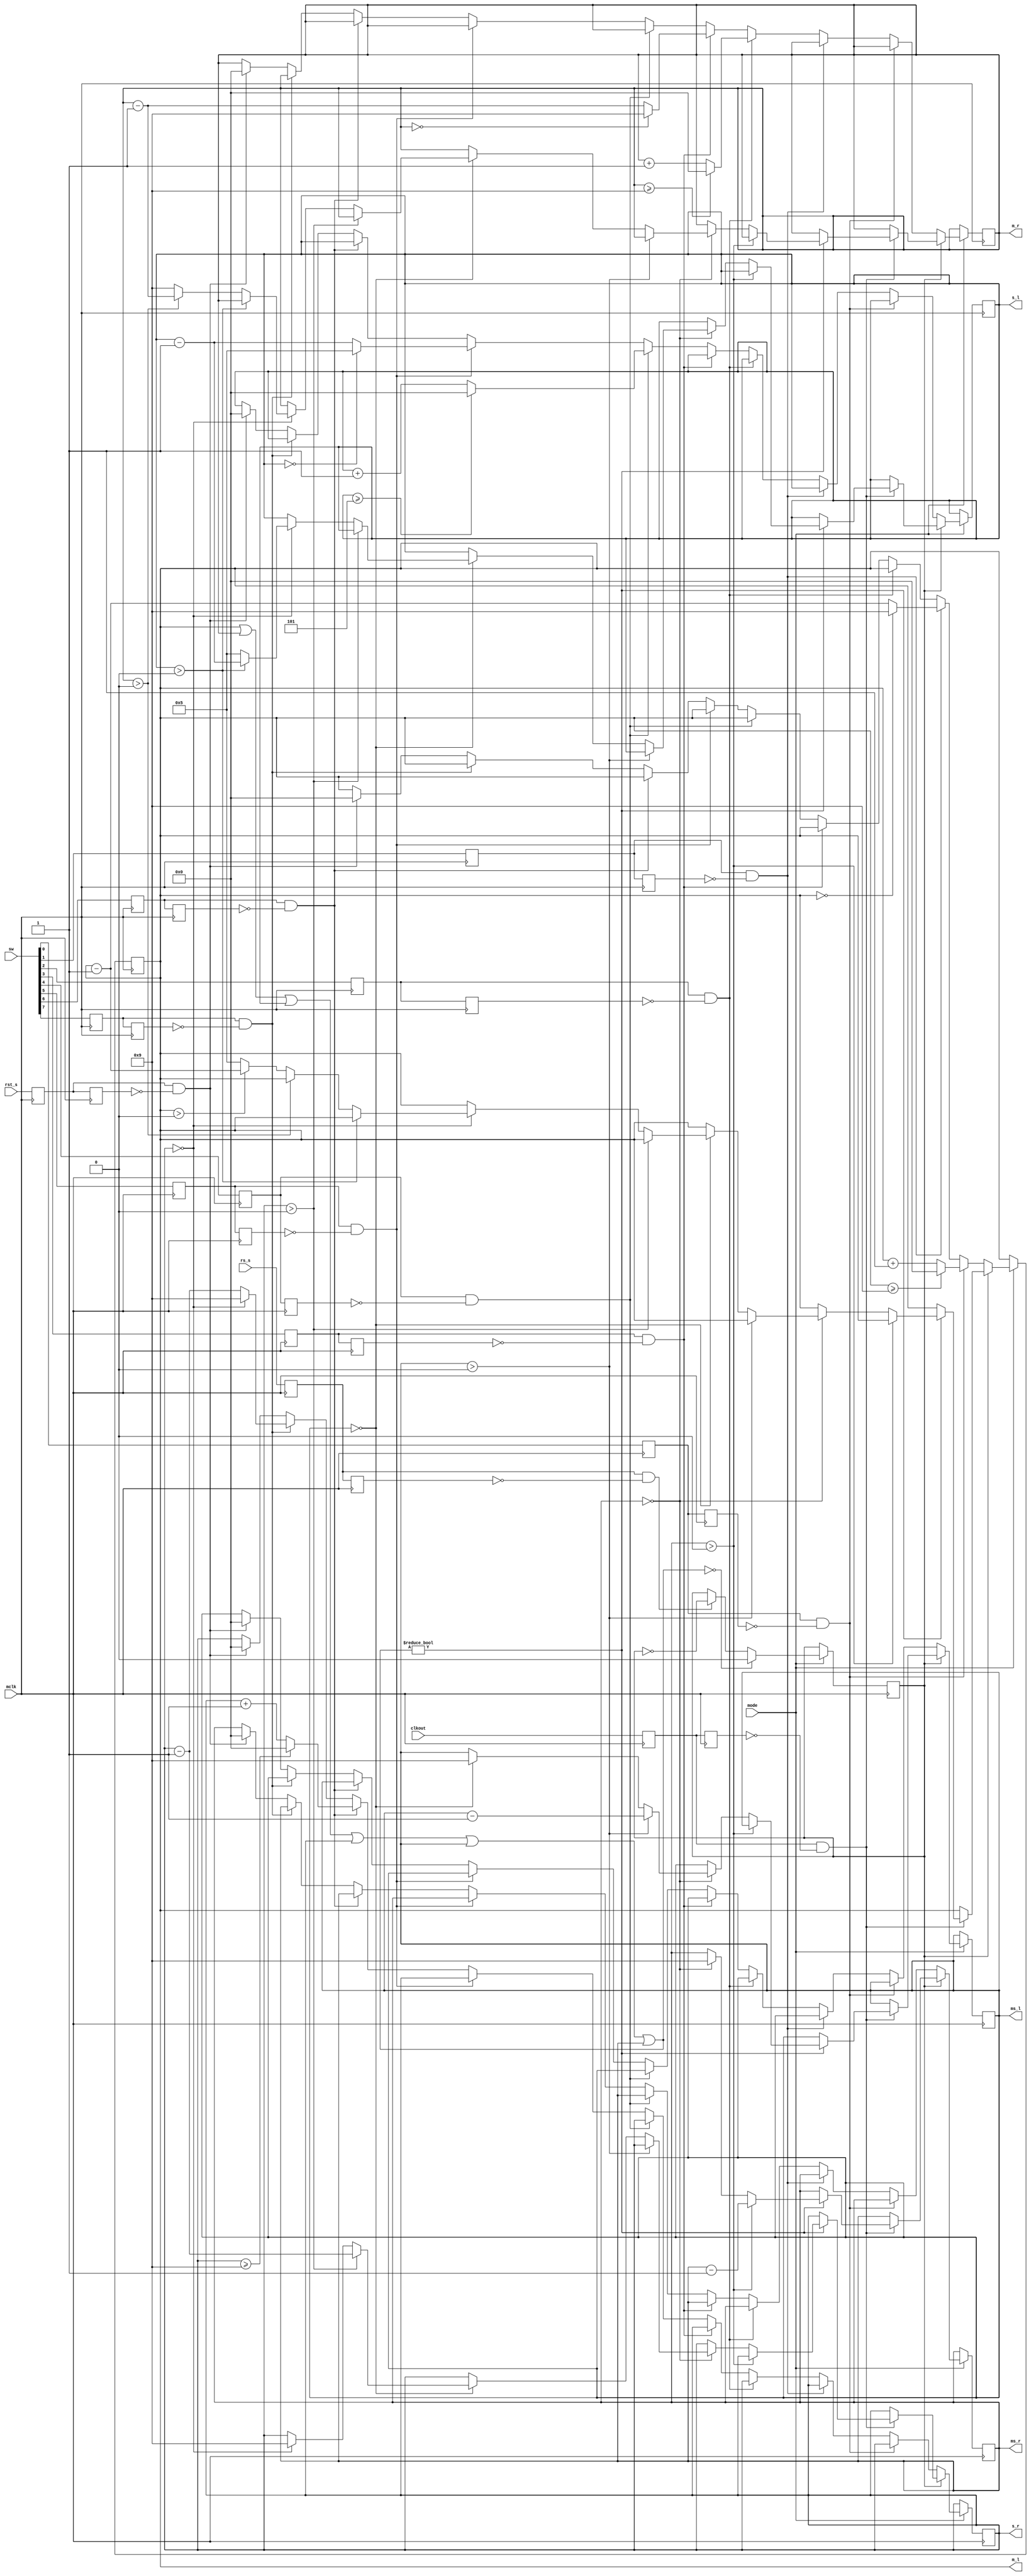
module d_count(
  input mclk,
  input clkout,
  input mode,
  input rs_s,
  input rst_s,
  input [7:0] sw,
  output reg [3:0] m_l = 4'b0000,
  output reg [3:0] m_r = 4'b0000,
  output reg [3:0] s_l = 4'b0000,
  output reg [3:0] s_r = 4'b0000,
  output reg [3:0] ms_l = 4'b0000,
  output reg [3:0] ms_r = 4'b0000
);



reg sw0_z = 1'b0;
reg sw0_zz = 1'b0;
reg sw1_z = 1'b0;
reg sw1_zz = 1'b0;
reg sw2_z = 1'b0;
reg sw2_zz = 1'b0;
reg sw3_z = 1'b0;
reg sw3_zz = 1'b0;
reg sw4_z = 1'b0;
reg sw4_zz = 1'b0;
reg sw5_z = 1'b0;
reg sw5_zz = 1'b0;
reg sw6_z = 1'b0;
reg sw6_zz = 1'b0;
reg sw7_z = 1'b0;
reg sw7_zz = 1'b0;
reg rss_z = 1'b0;
reg rss_zz = 1'b0;
reg rst_z = 1'b0;
reg rst_zz = 1'b0;
reg clkout_z = 1'b0;
reg clkout_zz = 1'b0;
reg rs = 1'b00;

always @(posedge mclk)
begin
  sw0_z <= sw[0];
  sw0_zz <= sw0_z;
  sw1_z <= sw[1];
  sw1_zz <= sw1_z;
  sw2_z <= sw[2];
  sw2_zz <= sw2_z;
  sw3_z <= sw[3];
  sw3_zz <= sw3_z;
  sw4_z <= sw[4];
  sw4_zz <= sw4_z;
  sw5_z <= sw[5];
  sw5_zz <= sw5_z;
  sw6_z <= sw[6];
  sw6_zz <= sw6_z;
  sw7_z <= sw[7];
  sw7_zz <= sw7_z;
  rss_z <= rs_s;
  rss_zz <= rss_z;
  rst_z <= rst_s;
  rst_zz <= rst_z;
  clkout_z <= clkout;
  clkout_zz <= clkout_z;
  if (mode)
    begin
      if (rs == 1'b0)
        begin
          if (sw0_z&&(~sw0_zz))
            begin
              if(m_l[3:0] >= 4'b1001)
                m_l[3:0] <= 4'b0000;
              else
                m_l[3:0] <= m_l[3:0]+4'b0001;
            end
          
          else if (sw1_z&&(~sw1_zz))
            begin
              if(m_l[3:0] == 4'b0000)
                m_l[3:0] <= 4'b1001;
              else
                m_l[3:0] <= m_l[3:0]-4'b0001;
            end
          
          else if (sw2_z&&(~sw2_zz))
            begin
              if(m_r[3:0] >= 4'b1001)
                m_r[3:0] <= 4'b0000;
              else
                m_r[3:0] <= m_r[3:0]+4'b0001;
            end 
          
          else if (sw3_z&&(~sw3_zz))
            begin
              if(m_r[3:0] == 4'b0000)
                m_r[3:0] <= 4'b1001;
              else
                m_r[3:0] <= m_r[3:0]-4'b0001;
            end
             
          else if (sw4_z&&(~sw4_zz))
            begin
              if(s_l[3:0] >= 4'b0101)
                s_l[3:0] <= 4'b0000;
              else
                s_l[3:0] <= s_l[3:0]+4'b0001;
            end
            
          else if (sw5_z&&(~sw5_zz))
            begin
              if(s_l[3:0] == 4'b0000)
                s_l[3:0] <= 4'b0101;
              else
                s_l[3:0] <= s_l[3:0]-4'b0001;
            end
            
          else if (sw6_z&&(~sw6_zz))
            begin
              if(s_r[3:0] >= 4'b1001)
                s_r[3:0] <= 4'b0000;
              else
                s_r[3:0] <= s_r[3:0]+4'b0001;
            end
            
          else if (sw7_z&&(~sw7_zz))
            begin
              if(s_r[3:0] == 4'b0000)
                s_r[3:0] <= 4'b1001;
              else
                s_r[3:0] <= s_r[3:0]-4'b0001;
            end
				
			else if (rst_z&&(~rst_zz))
				begin
					m_l[3:0] <= 4'b0000;
					m_r[3:0] <= 4'b0000;
					s_l[3:0] <= 4'b0000;
					s_r[3:0] <= 4'b0000;
					ms_l[3:0] <= 4'b0000;
					ms_r[3:0] <= 4'b0000;
				end
        end
        
      else if(rs == 1'b1)
        begin
          if(clkout_z&&(~clkout_zz))
            begin
          if ((m_l[3:0]|m_r[3:0]|s_l[3:0]|s_r[3:0]|ms_l[3:0]|ms_r[3:0]) != 4'b0000)
          begin
          if(ms_r[3:0]>4'b0000)
            ms_r[3:0] <= ms_r[3:0]-4'b0001;
          
          else if(ms_r[3:0]==4'b0000)
            begin
              ms_r[3:0] <= 4'b1001;
            
              if(ms_l[3:0]>4'b0000)
               ms_l[3:0] <= ms_l[3:0]-4'b0001;
              
              else if(ms_l==4'b0000)
              begin
                ms_l[3:0] <= 4'b1001;
              
                if (s_r[3:0]>4'b0000)
                s_r[3:0] <= s_r[3:0]-4'b0001;
            
                else if (s_r[3:0] == 4'b0000)
                  begin
                   s_r[3:0] <= 4'b1001;
              
                   if(s_l[3:0]>4'b0000)
                    s_l[3:0] <= s_l[3:0]-4'b0001;
                   else
                     begin
                      s_l[3:0] <= 4'b0101;
                  
                      if(m_r>4'b0000)
                       m_r[3:0] <= m_r[3:0]-4'b0001;
                      else
                        begin
                         m_r[3:0] <= 4'b1001;
                      
                         if(m_l[3:0]>4'b0000)
                           m_l[3:0] <= m_l[3:0]-4'b0001;
                         else
                           m_l[3:0] <= 4'b0101;
                        end
                     end
                  end
              end
            end
          end
          end
        end
      if((m_l[3:0]|m_r[3:0]|s_l[3:0]|s_r[3:0]|ms_l[3:0]|ms_r[3:0]) == 4'b0000)
        rs <= 1'b0;
      else if(rss_z&&(~rss_zz))
        begin
          rs <= ~rs;
        end
    end
end
endmodule